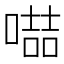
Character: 𠽻